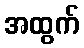
အထွက်